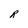
Character: R